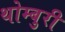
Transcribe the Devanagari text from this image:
थोम्बुरी